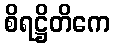
စိရဋ္ဌိတိကေ